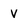
Character: V